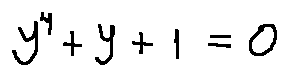
y ^ { 4 } + y + 1 = 0